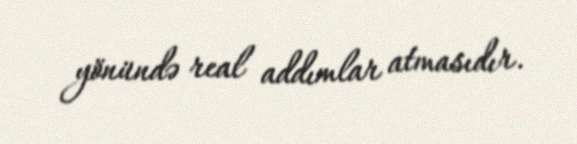
yönündə real addımlar atmasıdır.